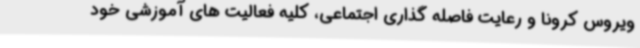
ویروس کرونا و رعایت فاصله گذاری اجتماعی، کلیه فعالیت های آموزشی خود